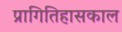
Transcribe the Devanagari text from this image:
प्रागितिहासकाल